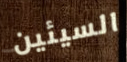
السيئين